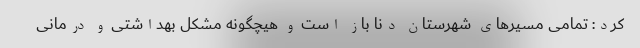
کرد: تمامی مسیرهای شهرستان دنا باز است و هیچگونه مشکل بهداشتی و درمانی